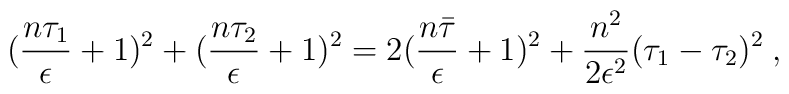
(\frac{n \tau_1}{\epsilon}+1)^2 + (\frac{n \tau_2}{\epsilon}+1)^2=2 (\frac{n \bar\tau}{\epsilon}+1)^2+ \frac{n^2}{2\epsilon^2}(\tau_1-\tau_2)^2  \>,